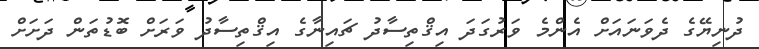
ދުނިޔޭގެ ދެވަނައަށް އެންމެ ވަރުގަދަ އިޤްތިސާދު ޗައިނާގެ އިޤްތިސާދު ވަރަށް ބޮޑުތަން ދަށަށް